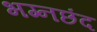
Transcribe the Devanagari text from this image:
भग्नछंद